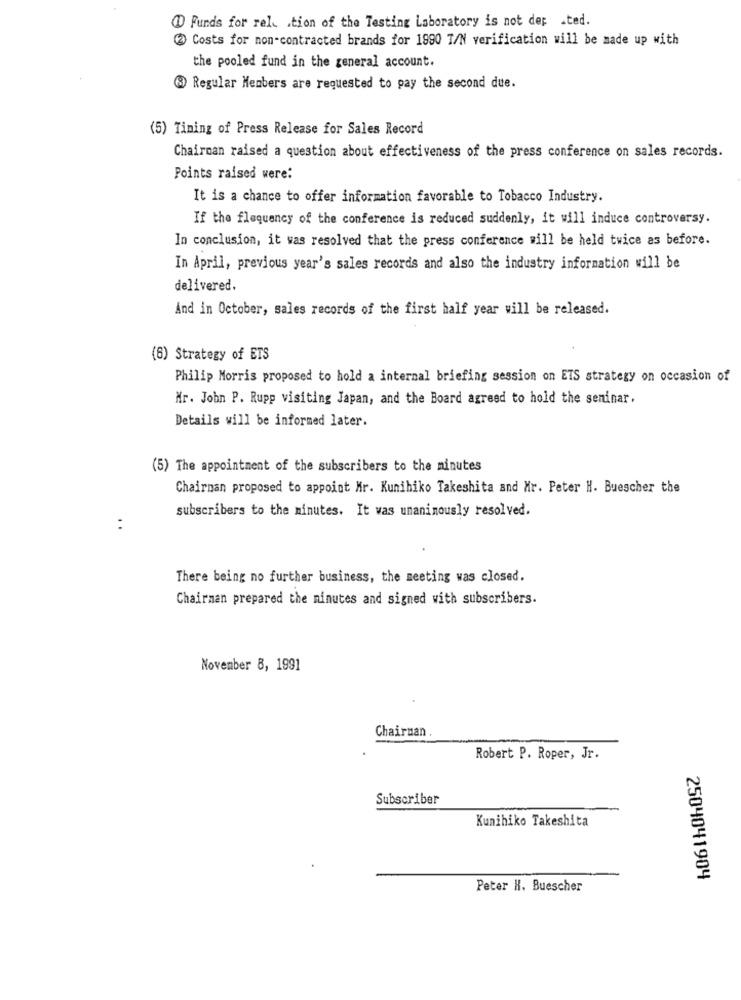
@ Funds for rele .tion of the Testing Laboratory is not dep .ted.
2 Costs for non-contracted brands for 1990 T/N verification will be made up with
the pooled fund in the general account.
Regular Members are requested to pay the second due.
(5) Timing of Press Release for Sales Record
Chairman raised a question about effectiveness of the press conference on sales records.
Points raised were:
It is a chance to offer information favorable to Tobacco Industry.
If the flequency of the conference is reduced suddenly, it will induce controversy.
In conclusion, it was resolved that the press conference will be held twice as before.
In April, previous year's sales records and also the industry information will be
delivered.
And in October, sales records of the first half year will be released.
(6) Strategy of ETS
Philip Morris proposed to hold a internal briefing session on ETS strategy on occasion of
Mr. John P. Rupp visiting Japan, and the Board agreed to hold the seminar.
Details will be informed later.
(5) The appointment of the subscribers to the minutes
Chairman proposed to appoint Mr. Kunihiko Takeshita and Mr. Peter H. Buescher the
subscribers to the minutes. It vas unanimously resolved.
There being no further business, the meeting was closed.
Chairman prepared the minutes and signed with subscribers.
November 8, 1991
Chairman
Robert P. Roper, Jr.
Subscriber
Kunihiko Takeshita
2504041904
Peter H. Buescher